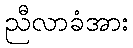
ညီလာခံအား